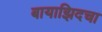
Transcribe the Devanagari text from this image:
बायाझिदचा